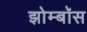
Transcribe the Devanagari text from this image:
झोम्बॉस